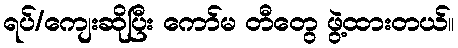
ရပ်/ကျေးဆိုပြီး ကော်မ တီတွေ ဖွဲ့ထားတယ်။